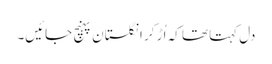
دل کہتا تھا کہ اُڑ کر انگلستان پہنچ جائیں۔